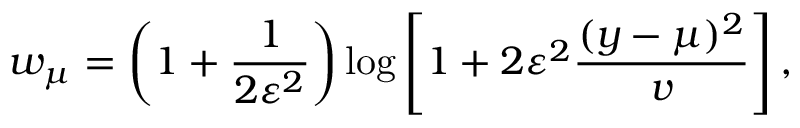
w _ { \mu } = \left( 1 + \frac { 1 } { 2 \varepsilon ^ { 2 } } \right) \log { \left[ 1 + 2 \varepsilon ^ { 2 } \frac { ( y - \mu ) ^ { 2 } } { v } \right] } \, ,